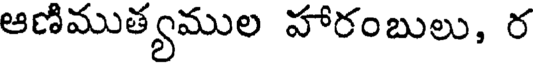
ఆణిముత్యముల హారంబులు, ర